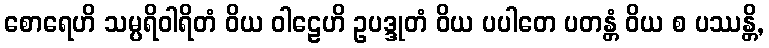
စောရေဟိ သမ္ပရိဝါရိတံ ဝိယ ဝါဠေဟိ ဥပဒ္ဒုတံ ဝိယ ပပါတေ ပတန္တံ ဝိယ စ ပဿန္တိ,